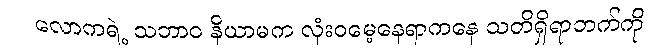
လောကရဲ့ သဘာဝ နိယာမက လုံးဝမေ့နေရာကနေ သတိရှိရာဘက်ကို